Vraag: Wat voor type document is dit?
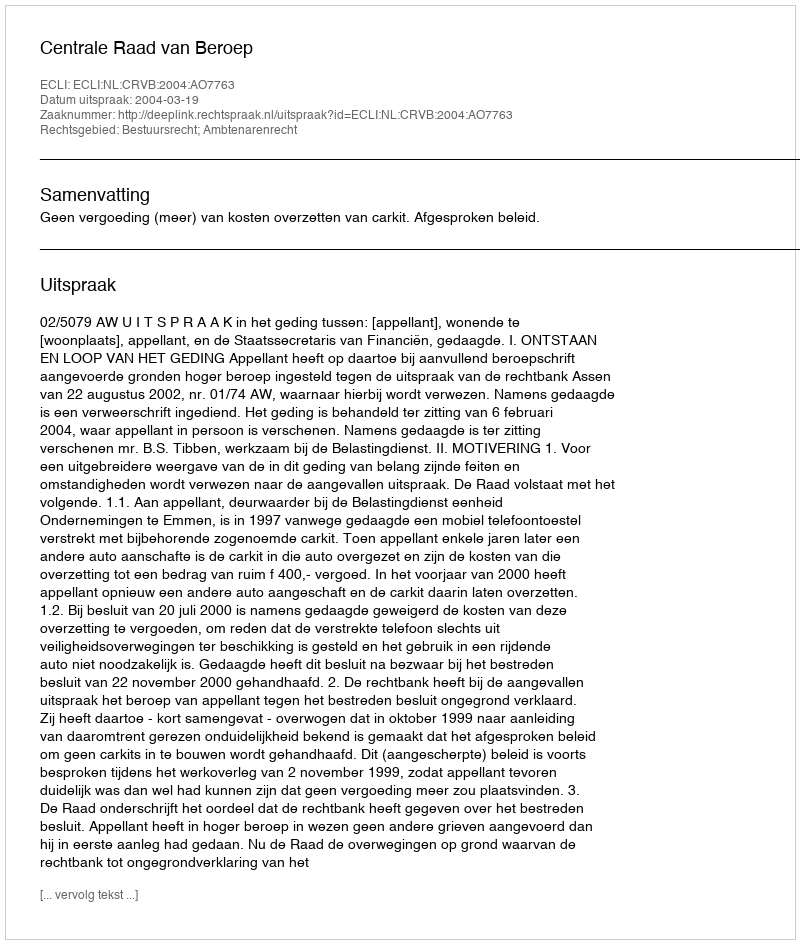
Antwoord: Uitspraak